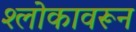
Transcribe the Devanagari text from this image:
श्लोकावरून